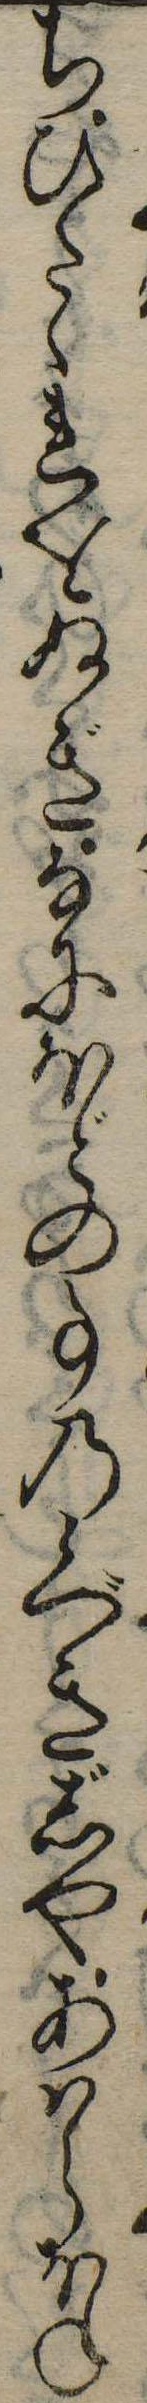
ちひたゝれをぬぎなにほどの事の候べきじやあはらほね